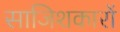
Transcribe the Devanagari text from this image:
साजिशकारों